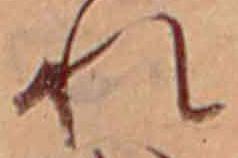
れ